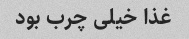
غذا خیلی چرب بود